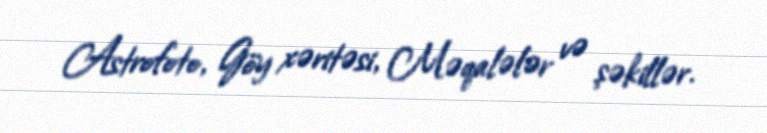
Astrofoto, Göy xəritəsi, Məqalələr və şəkillər.